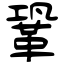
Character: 鞏